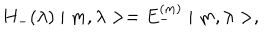
H _ { - } ( \lambda ) \mid m , \lambda > = E _ { - } ^ { ( m ) } \mid m , \lambda > ,